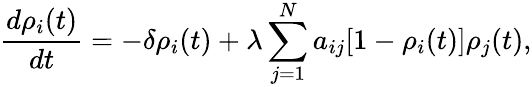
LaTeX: \frac{d\rho_{i}(t)}{dt}=-\delta\rho_{i}(t)+\lambda\sum_{j=1}^{N}a_{ij}[1-\rho_{i}(t)]\rho_{j}(t),